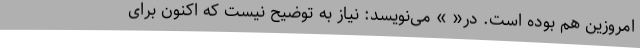
امروزین هم بوده است. در« » می‌نویسد: نیاز به توضیح نیست که اکنون برای